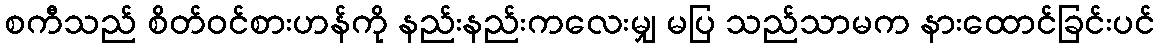
စကီသည် စိတ်ဝင်စားဟန်ကို နည်းနည်းကလေးမျှ မပြ သည်သာမက နားထောင်ခြင်းပင်